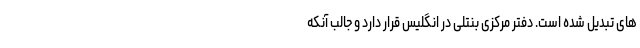
های تبدیل شده است. دفتر مرکزی بنتلی در انگلیس قرار دارد و جالب آنکه